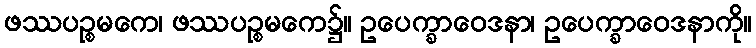
ဖဿပဉ္စမကေ၊ ဖဿပဉ္စမကေ၌။ ဥပေက္ခာဝေဒနာ၊ ဥပေက္ခာဝေဒနာကို။